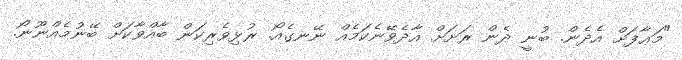
"މަޢާފަށް އެދެން. ބުނީ ދެން ރަށަށް އާދެވޭނެކަމެއް ނޭނގެއޯ. ރުޅިވެރިކަން ބާއްވާކަށް ބޭނުމެއްނޫނޯ.